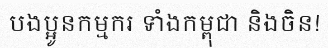
បងប្អូនកម្មករ ទាំងកម្ពុជា និងចិន!